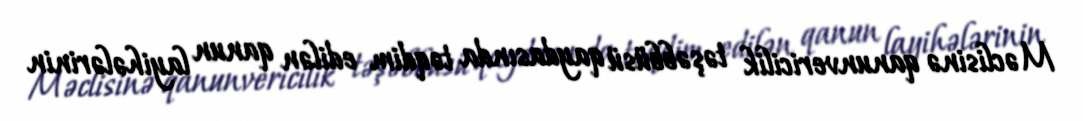
Məclisinə qanunvericilik təşəbbüsü qaydasında təqdim edilən qanun layihələrinin